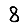
Digit: 8